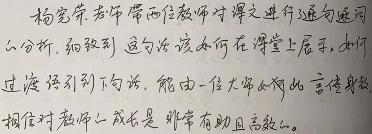
杨宏荣老师带两位教师对课文进行逐句逐词 么分析, 细致到 这句话该如何在课堂上展示, 如何 过渡引到下句话, 能由一位大师如此言传身教 相对对教师 成长是 非常有助且高效的。